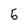
Character: 5